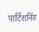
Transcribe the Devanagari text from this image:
पार्टिशनिंग